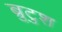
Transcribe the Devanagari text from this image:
ब्रुटुश